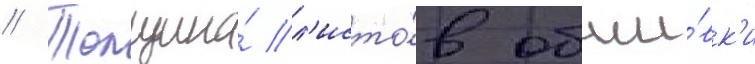
// Толщина́ л'исто́в обши́вк'и